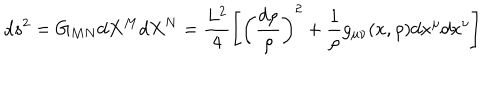
d s ^ { 2 } = G _ { M N } d X ^ { M } d X ^ { N } = \frac { L ^ { 2 } } { 4 } \left[ \left( \frac { d \rho } { \rho } \right) ^ { 2 } + \frac { 1 } { \rho } g _ { \mu \nu } ( x , \rho ) d x ^ { \mu } d x ^ { \nu } \right]